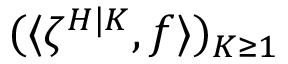
( \langle \zeta ^ { H | K } , f \rangle ) _ { K \geq 1 }